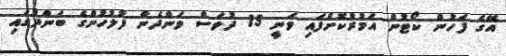
އޭގެ ފަހުން ކޯޓުން އަމުރުކޮށްފައި ވަނީ 15 ދުވަސް ވަންދެން ފުލުހުންގެ ބަންދުގައި